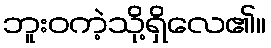
ဘူးဝကဲ့သို့ရှိလေ၏။